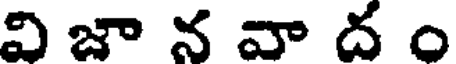
వి జా న వా ద ం